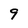
Character: 9